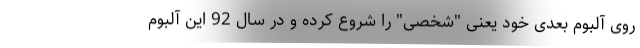
روی آلبوم بعدی خود یعنی "شخصی" را شروع کرده و در سال 92 این آلبوم